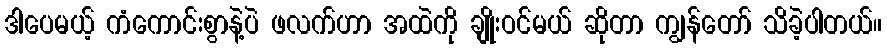
ဒါပေမယ့် ကံကောင်းစွာနဲ့ပဲ ဖလက်ဟာ အထဲကို ချိုးဝင်မယ် ဆိုတာ ကျွန်တော် သိခဲ့ပါတယ်။